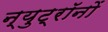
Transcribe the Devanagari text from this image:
न्युट्रॉनों